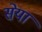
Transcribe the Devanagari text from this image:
सेया